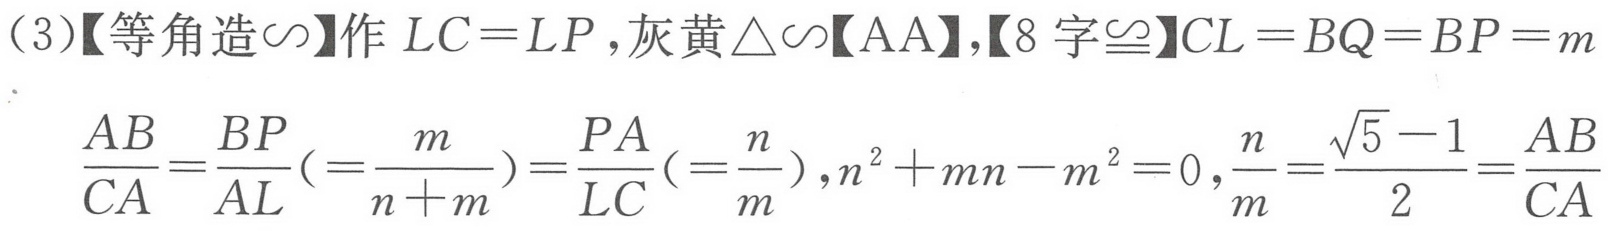
(3)【等角造\(\sim\)】作\(LC = LP\)，灰黄\(\triangle\sim\)【AA】，【8字\(\cong\)】\(CL = BQ = BP = m\)
\(\frac{AB}{CA}=\frac{BP}{AL}(=\frac{m}{n + m})=\frac{PA}{LC}(=\frac{n}{m}),n^{2}+mn - m^{2}=0,\frac{n}{m}=\frac{\sqrt{5}-1}{2}=\frac{AB}{CA}\)